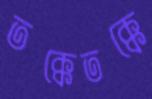
তক্কেতক্কে